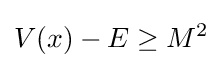
V(x)-E\geq M^{2}